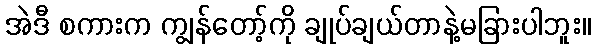
အဲဒီ စကားက ကျွန်တော့်ကို ချုပ်ချယ်တာနဲ့မခြားပါဘူး။